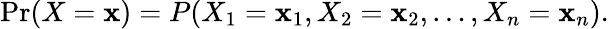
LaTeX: \operatorname*{Pr}(X=\mathbf{x})=P(X_{1}=\mathbf{x}_{1},X_{2}=\mathbf{x}_{2},\ldots,X_{n}=\mathbf{x}_{n}).